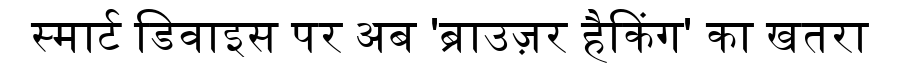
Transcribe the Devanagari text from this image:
स्मार्ट डिवाइस पर अब 'ब्राउज़र हैकिंग' का खतरा